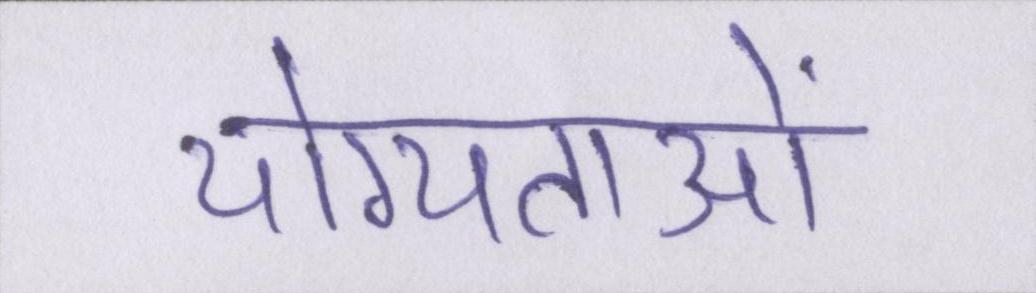
योग्यताओं